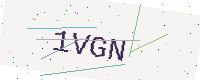
Text: 1VGN